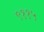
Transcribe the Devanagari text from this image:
९११५